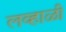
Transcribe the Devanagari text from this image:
लव्हाळी